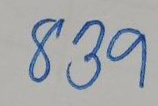
839